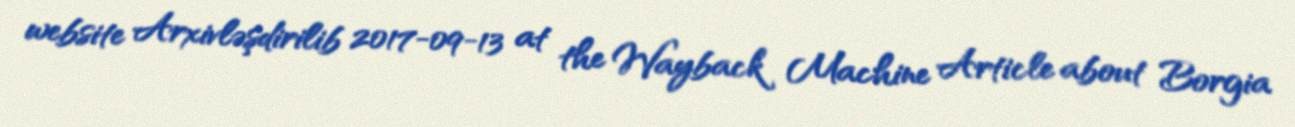
website Arxivləşdirilib 2017-09-13 at the Wayback Machine Article about Borgia